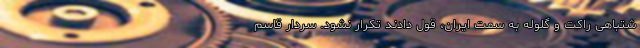
شتباهی راکت و گلوله به سمت ایران، قول دادند تکرار نشود. سردار قاسم